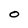
Character: O